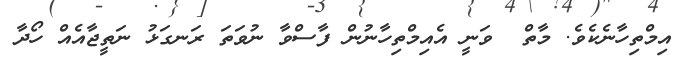
އިމްތިހާނެކެވެ. މާތް  ވަނީ އެއިމްތިހާނުން ފާސްވާ ނުވަތަ ރަނގަޅު ނަތީޖާއެއް ހޯދާ